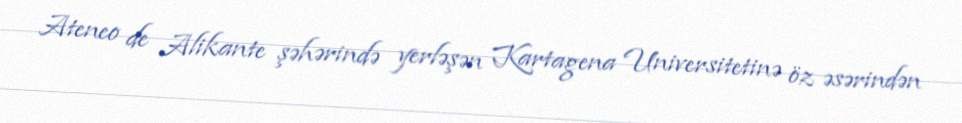
Ateneo de Alikante şəhərində yerləşən Kartagena Universitetinə öz əsərindən